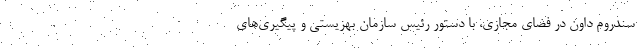
سندروم داون در فضای مجازی، با دستور رئیس سازمان بهزیستی و پیگیری‌های